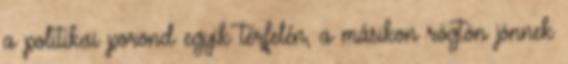
a politikai porond egyik térfelén, a másikon rögtön jönnek